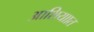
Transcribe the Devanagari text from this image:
आशियाात